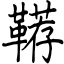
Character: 鞯